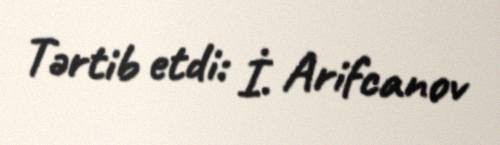
Tərtib etdi: İ. Arifcanov